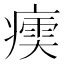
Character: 𤹶